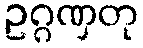
ဥဂ္ဂဏှတု